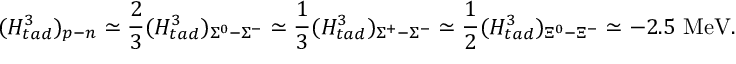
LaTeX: ( H _ { t a d } ^ { 3 } ) _ { p - n } \simeq \frac { 2 } { 3 } ( H _ { t a d } ^ { 3 } ) _ { \Sigma ^ { 0 } - \Sigma ^ { - } } \simeq \frac { 1 } { 3 } ( H _ { t a d } ^ { 3 } ) _ { \Sigma ^ { + } - \Sigma ^ { - } } \simeq \frac { 1 } { 2 } ( H _ { t a d } ^ { 3 } ) _ { \Xi ^ { 0 } - \Xi ^ { - } } \simeq - 2 . 5 \mathrm { ~ M e V } .